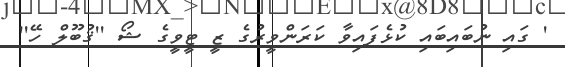
' ގައި ނުބައިބައި ކުޅެފައިވާ ކަރަންވީރުގެ ޒީ ޓީވީގެ ޝޯ ''ޤުބޫލް ހޭ''